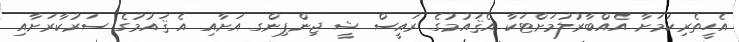
އެހީތެރިކަމަށާ އެއްބާރުލުމަށްޓަކާ އެޤައުމުގެ ރައީސް ޝީ ޖިންޕިންގ އަށާއި އެ ޤައުމުގެ ސަރުކާރަށާއި